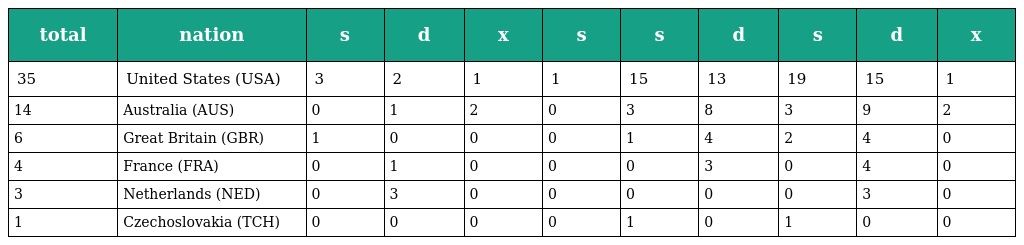
| total | nation | s | d | x | s | s | d | s | d | x |
 | --- | --- | --- | --- | --- | --- | --- | --- | --- | --- | --- |
 | 35 | United States (USA) | 3 | 2 | 1 | 1 | 15 | 13 | 19 | 15 | 1 |
 | 14 | Australia (AUS) | 0 | 1 | 2 | 0 | 3 | 8 | 3 | 9 | 2 |
 | 6 | Great Britain (GBR) | 1 | 0 | 0 | 0 | 1 | 4 | 2 | 4 | 0 |
 | 4 | France (FRA) | 0 | 1 | 0 | 0 | 0 | 3 | 0 | 4 | 0 |
 | 3 | Netherlands (NED) | 0 | 3 | 0 | 0 | 0 | 0 | 0 | 3 | 0 |
 | 1 | Czechoslovakia (TCH) | 0 | 0 | 0 | 0 | 1 | 0 | 1 | 0 | 0 |